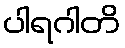
ပါရဂါတိ